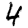
Digit: 4